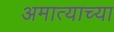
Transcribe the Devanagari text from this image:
अमात्याच्या